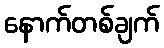
နောက်တစ်ချက်